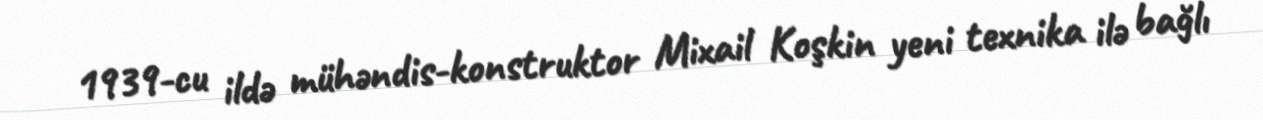
1939-cu ildə mühəndis-konstruktor Mixail Koşkin yeni texnika ilə bağlı